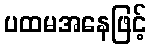
ပထမအနေဖြင့်